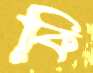
কি